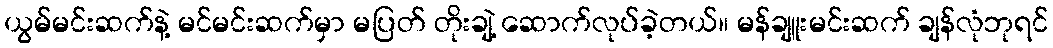
ယွမ်မင်းဆက်နဲ့ မင်မင်းဆက်မှာ မပြတ် တိုးချဲ့ ဆောက်လုပ်ခဲ့တယ်။ မန်ချူးမင်းဆက် ချန်လုံဘုရင်